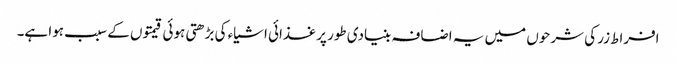
افراط زر کی شرحوں میں یہ اضافہ بنیادی طور پر غذائی اشیاء کی بڑھتی ہوئی قیمتوں کے سبب ہوا ہے۔